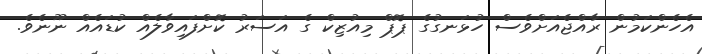
އެހެންކަމުން ރާއްޖެއަށްވެސް ހުޅަނގުގެ ޕޮޕް މިއުޒިކް ގެ އަސަރު ކޮށްފައިވާލެއް ކުޑައެއް ނޫނެވެ.